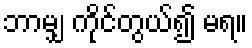
ဘာမျှ ကိုင်တွယ်၍ မရ။